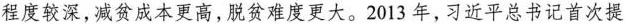
程度较深，减贫成本更高，脱贫难度更大。2013年，习近平总书记首次提